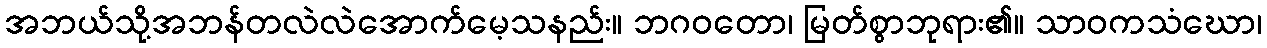
အဘယ်သို့အဘန်တလဲလဲအောက်မေ့သနည်း။ ဘဂဝတော၊ မြတ်စွာဘုရား၏။ သာဝကသံဃော၊